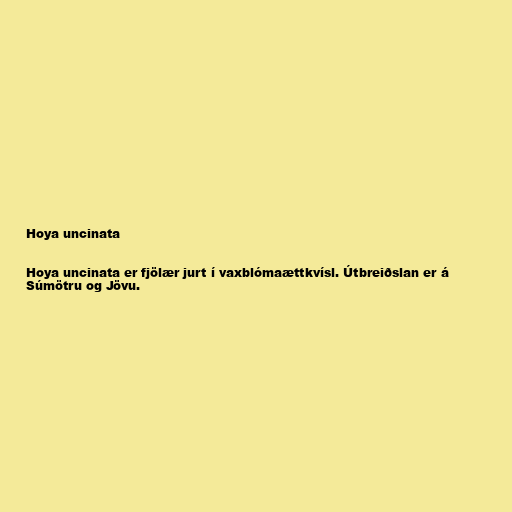
Hoya uncinata

Hoya uncinata er fjölær jurt í vaxblómaættkvísl. Útbreiðslan er á
Súmötru og Jövu.